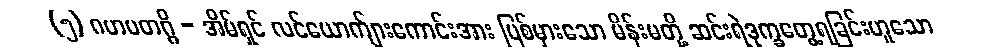
(၅) ဂဟပတဂ္ဂိ - အိမ်ရှင် လင်ယောက်ျားကောင်းအား ပြစ်မှားသော မိန်းမတို့ ဆင်းရဲဒုက္ခတွေ့ရခြင်းဟူသော